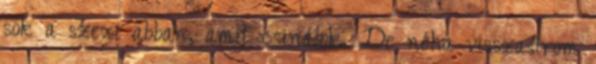
sok a szexi abban, amit csinálok. De néha visszasírom